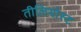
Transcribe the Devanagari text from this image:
तीलियोस्ट